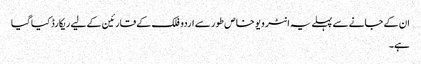
ان کے جانے سے پہلے یہ انٹر ویو خاص طور سے اردو فلک کے قارئین کے لیے ریکارڈ کیا گیا
ہے۔